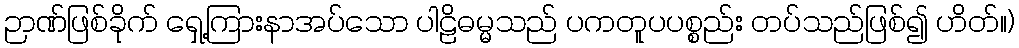
ဉာဏ်ဖြစ်ခိုက် ရှေ့ကြားနာအပ်သော ပါဠိဓမ္မသည် ပကတူပပစ္စည်း တပ်သည်ဖြစ်၍ ဟိတ်။)